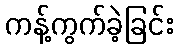
ကန့်ကွက်ခဲ့ခြင်း